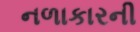
નળાકારની